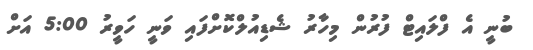
ބުނީ އެ ފްލައިޓް ފުރުން މިހާރު ޝެޑިއުލްކޮށްފައި ވަނީ ހަވީރު 5:00 އަށް